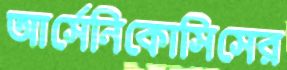
আর্সেনিকোসিসের